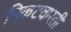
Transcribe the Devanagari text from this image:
निकटवारती